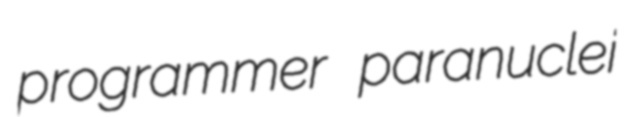
programmer paranuclei